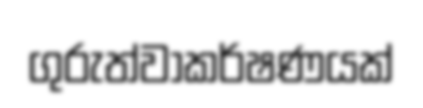
ගුරුත්වාකර්ෂණයක්